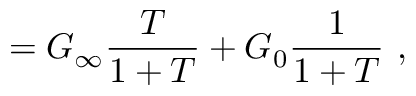
= G _ { \infty } { \frac { T } { 1 + T } } + G _ { 0 } { \frac { 1 } { 1 + T } } \ ,